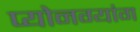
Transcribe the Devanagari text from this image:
प्योनग्यांग